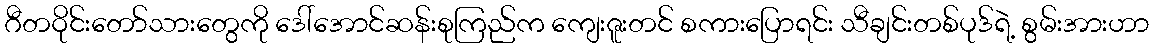
ဂီတဝိုင်းတော်သားတွေကို ဒေါ်အောင်ဆန်းစုကြည်က ကျေးဇူးတင် စကားပြောရင်း သီချင်းတစ်ပုဒ်ရဲ့ စွမ်းအားဟာ